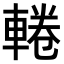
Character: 𨌫